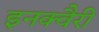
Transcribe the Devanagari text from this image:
इनक्वैरी